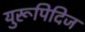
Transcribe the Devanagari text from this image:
युरूपिदिज